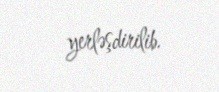
yerləşdirilib.